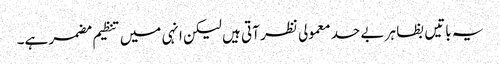
یہ باتیں بظا ہر بے حد معمولی نظر آتی ہیں لیکن انہی میں تنظیم مضمر ہے۔